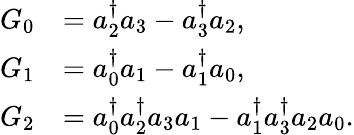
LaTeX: \begin{array}{rl}{G_{0}}&{=a_{2}^{\dagger}a_{3}-a_{3}^{\dagger}a_{2},}\\ {G_{1}}&{=a_{0}^{\dagger}a_{1}-a_{1}^{\dagger}a_{0},}\\ {G_{2}}&{=a_{0}^{\dagger}a_{2}^{\dagger}a_{3}a_{1}-a_{1}^{\dagger}a_{3}^{\dagger}a_{2}a_{0}.}\end{array}